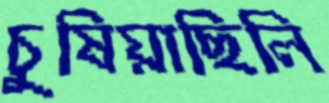
চুষিয়াছিলি